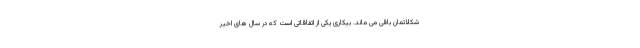
شکلاتمان باقی می ماند. بیکاری یکی از اتفاقاتی است که در سال های اخیر